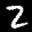
Label: 2